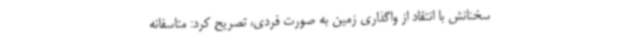
سخنانش با انتقاد از واگذاری زمین به صورت فردی، تصریح کرد: متاسفانه